Document type: Grant of rights
Year: 1326
Scribe: Bernat de Vilarúbia
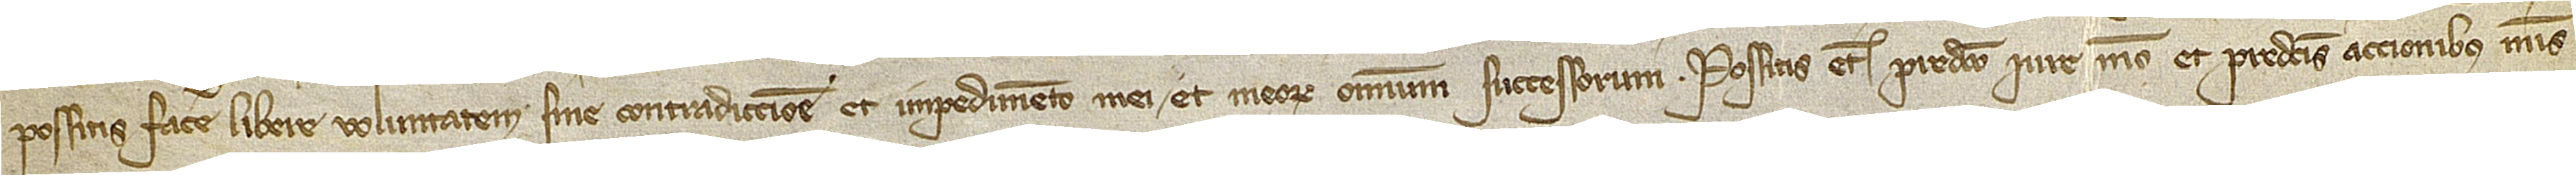
possitis facere libere voluntatem sine contradiccione et impedimento mei et meorum omnium successorum. Possitis etiam predicto iure meo et predictis accionibus meis